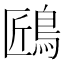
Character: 𪀘